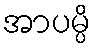
အာပမ္ပိ